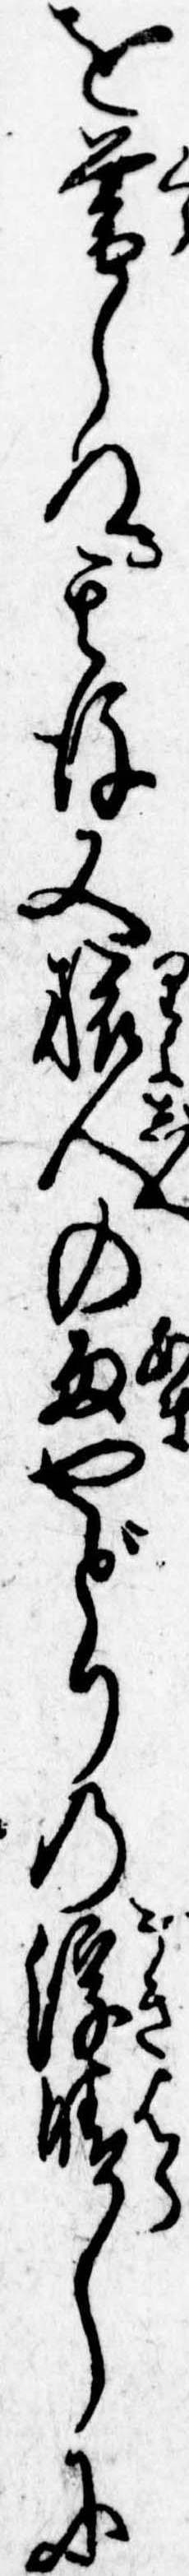
を暮しぬ其後又旅人の雨やどりの浮晴しに